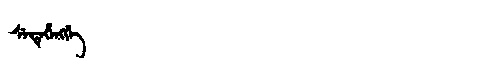
Manchu: ᠰᡝᡩᡝᡥᡝᠩᡤᡝ
Romanization: SEDEHENGGE